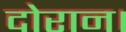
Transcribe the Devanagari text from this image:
दोरान।